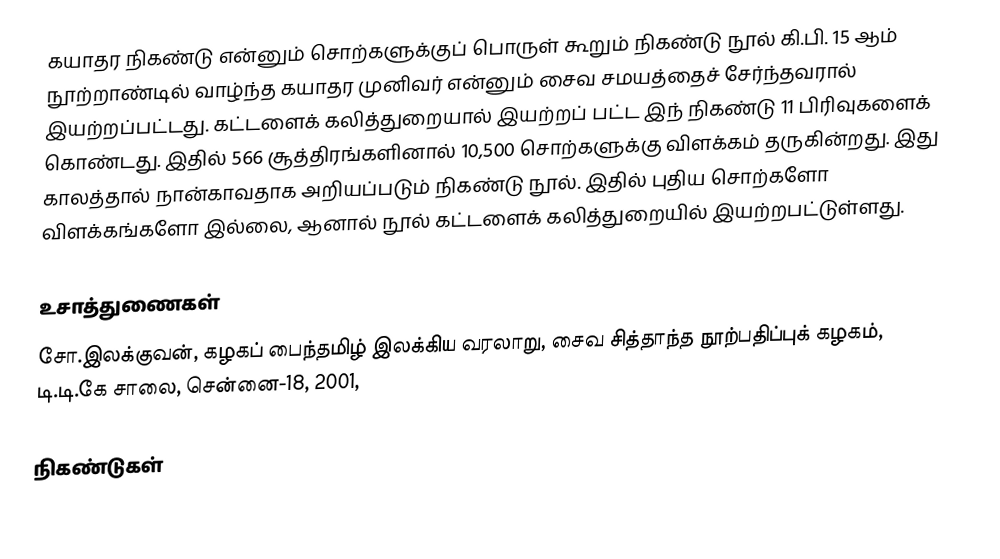
கயாதர நிகண்டு என்னும் சொற்களுக்குப் பொருள் கூறும் நிகண்டு நூல் கி.பி. 15 ஆம் நூற்றாண்டில் வாழ்ந்த கயாதர முனிவர் என்னும் சைவ சமயத்தைச் சேர்ந்தவரால் இயற்றப்பட்டது.  கட்டளைக் கலித்துறையால் இயற்றப் பட்ட இந் நிகண்டு  11 பிரிவுகளைக் கொண்டது. இதில் 566 சூத்திரங்களினால் 10,500 சொற்களுக்கு விளக்கம் தருகின்றது. இது காலத்தால் நான்காவதாக அறியப்படும் நிகண்டு நூல். இதில் புதிய சொற்களோ விளக்கங்களோ இல்லை, ஆனால் நூல் கட்டளைக் கலித்துறையில் இயற்றபட்டுள்ளது.

உசாத்துணைகள்
சோ.இலக்குவன், கழகப் பைந்தமிழ் இலக்கிய வரலாறு, சைவ சித்தாந்த நூற்பதிப்புக் கழகம், டி.டி.கே சாலை, சென்னை-18, 2001,

நிகண்டுகள்